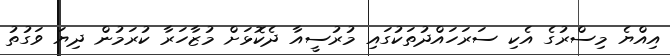
އިއްޔެ މިސްރުގެ އެކި ސަރަހައްދުތަކުގައި މުރުސީއާ ދެކޮޅަށް މުޒާހަރާ ކުރަމުން ދިޔަ ވަގުތު